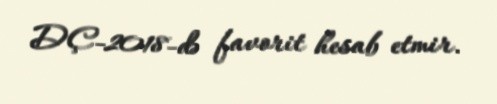
DÇ-2018-də favorit hesab etmir.